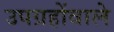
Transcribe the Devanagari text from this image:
उपग्रहोंवाले